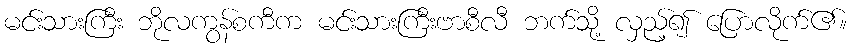
မင်းသားကြီး ဘိုလကွန်စကီက မင်းသားကြီးဗာစီလီ ဘက်သို့ လှည့်၍ ပြောလိုက်၏။